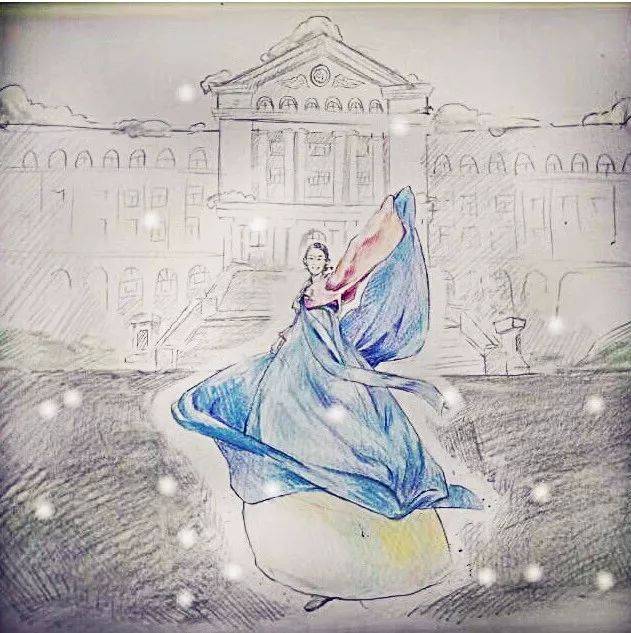
俄而未霰零，密雪下。